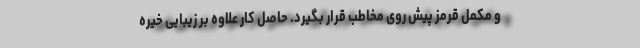
و مکمل قرمز پیش روی مخاطب قرار بگیرد. حاصل کار علاوه بر زیبایی خیره